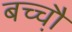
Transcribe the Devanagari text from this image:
बच्चौ़